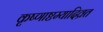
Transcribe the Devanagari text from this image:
कृष्णाष्टम्यादिव्रत